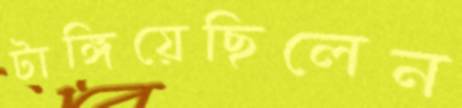
টাঙ্গিয়েছিলেন